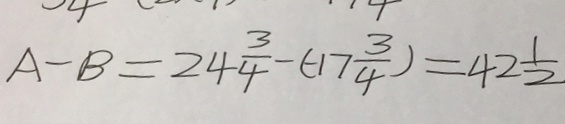
A - B = 2 4 \frac { 3 } { 4 } - ( - 1 7 \frac { 3 } { 4 } ) = 4 2 \frac { 1 } { 2 }